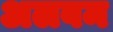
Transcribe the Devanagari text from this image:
अलवम